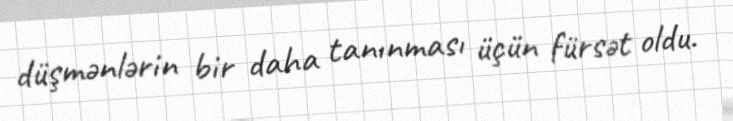
düşmənlərin bir daha tanınması üçün fürsət oldu.